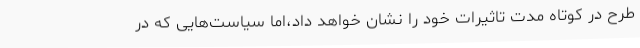
طرح در کوتاه مدت تاثیرات خود را نشان خواهد داد،اما سیاست‌هایی که در